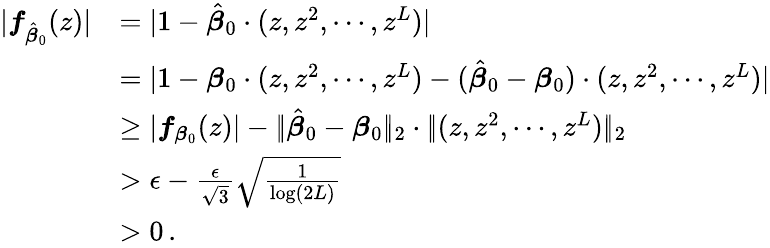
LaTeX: \begin{array}{rl}{|\boldsymbol{f}_{\hat{\boldsymbol{\beta}}_{0}}(z)|}&{=|1-\hat{\boldsymbol{\beta}}_{0}\cdot(z,z^{2},\cdots,z^{L})|}\\ &{=|1-{\boldsymbol{\beta}}_{0}\cdot(z,z^{2},\cdots,z^{L})-(\hat{\boldsymbol{\beta}}_{0}-{\boldsymbol{\beta}}_{0})\cdot(z,z^{2},\cdots,z^{L})|}\\ &{\geq|\boldsymbol{f}_{{\boldsymbol{\beta}_{0}}}(z)|-|\! |\hat{\boldsymbol{\beta}}_{0}-{\boldsymbol{\beta}}_{0}|\! |_{2}\cdot|\! |(z,z^{2},\cdots,z^{L})|\! |_{2}}\\ {\ }&{>\epsilon-\frac{\epsilon}{\sqrt 3}\sqrt{\frac 1{\log(2L)}}}\\ &{>0\, .}\end{array}